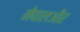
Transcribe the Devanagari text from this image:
नेपालऔर